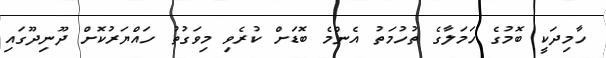
ހާމިދަކީ ބޮމުގެ ހަމަލާގެ ތުހުމަތު އެންމެ ބޮޑަށް ކުރެވި މިވަގުތު ހައްޔަރުކޮށް ދޫނިދޫގައި